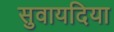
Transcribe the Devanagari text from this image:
सुवायदिया